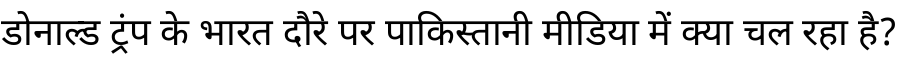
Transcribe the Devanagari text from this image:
डोनाल्ड ट्रंप के भारत दौरे पर पाकिस्तानी मीडिया में क्या चल रहा है?